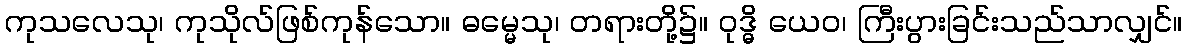
ကုသလေသု၊ ကုသိုလ်ဖြစ်ကုန်သော။ ဓမ္မေသု၊ တရားတို့၌။ ဝုဒ္ဓိ ယေဝ၊ ကြီးပွားခြင်းသည်သာလျှင်။